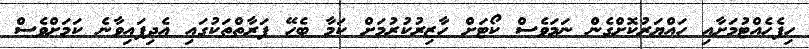
ހިފެހެއްޓުމަށާއި ހައްޔަރުކޮށްގެން ނަމަވެސް ކޯޓަށް ހާޒިރުކުރުމަށް ކަމާ ބެހޭ ފަރާތްތަކުގައި އެދިފައިވާނެ ކަމަށްވެސް